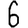
Digit: 6